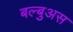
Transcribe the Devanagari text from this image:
बल्बुअस